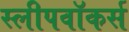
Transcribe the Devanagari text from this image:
स्लीपवॉकर्स